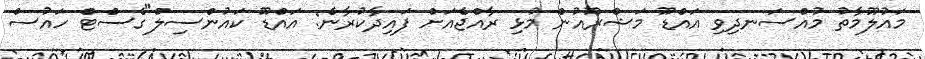
މައުލޫމާތު މުއްސަނދިވި އައްޑޫ މަޝްރޫއުން މުޅި ރާއްޖެއަށް ފައިދާކުރާނެ: އައްޑޫ ކައުންސިލް"ގެސްޓް ހައުސް